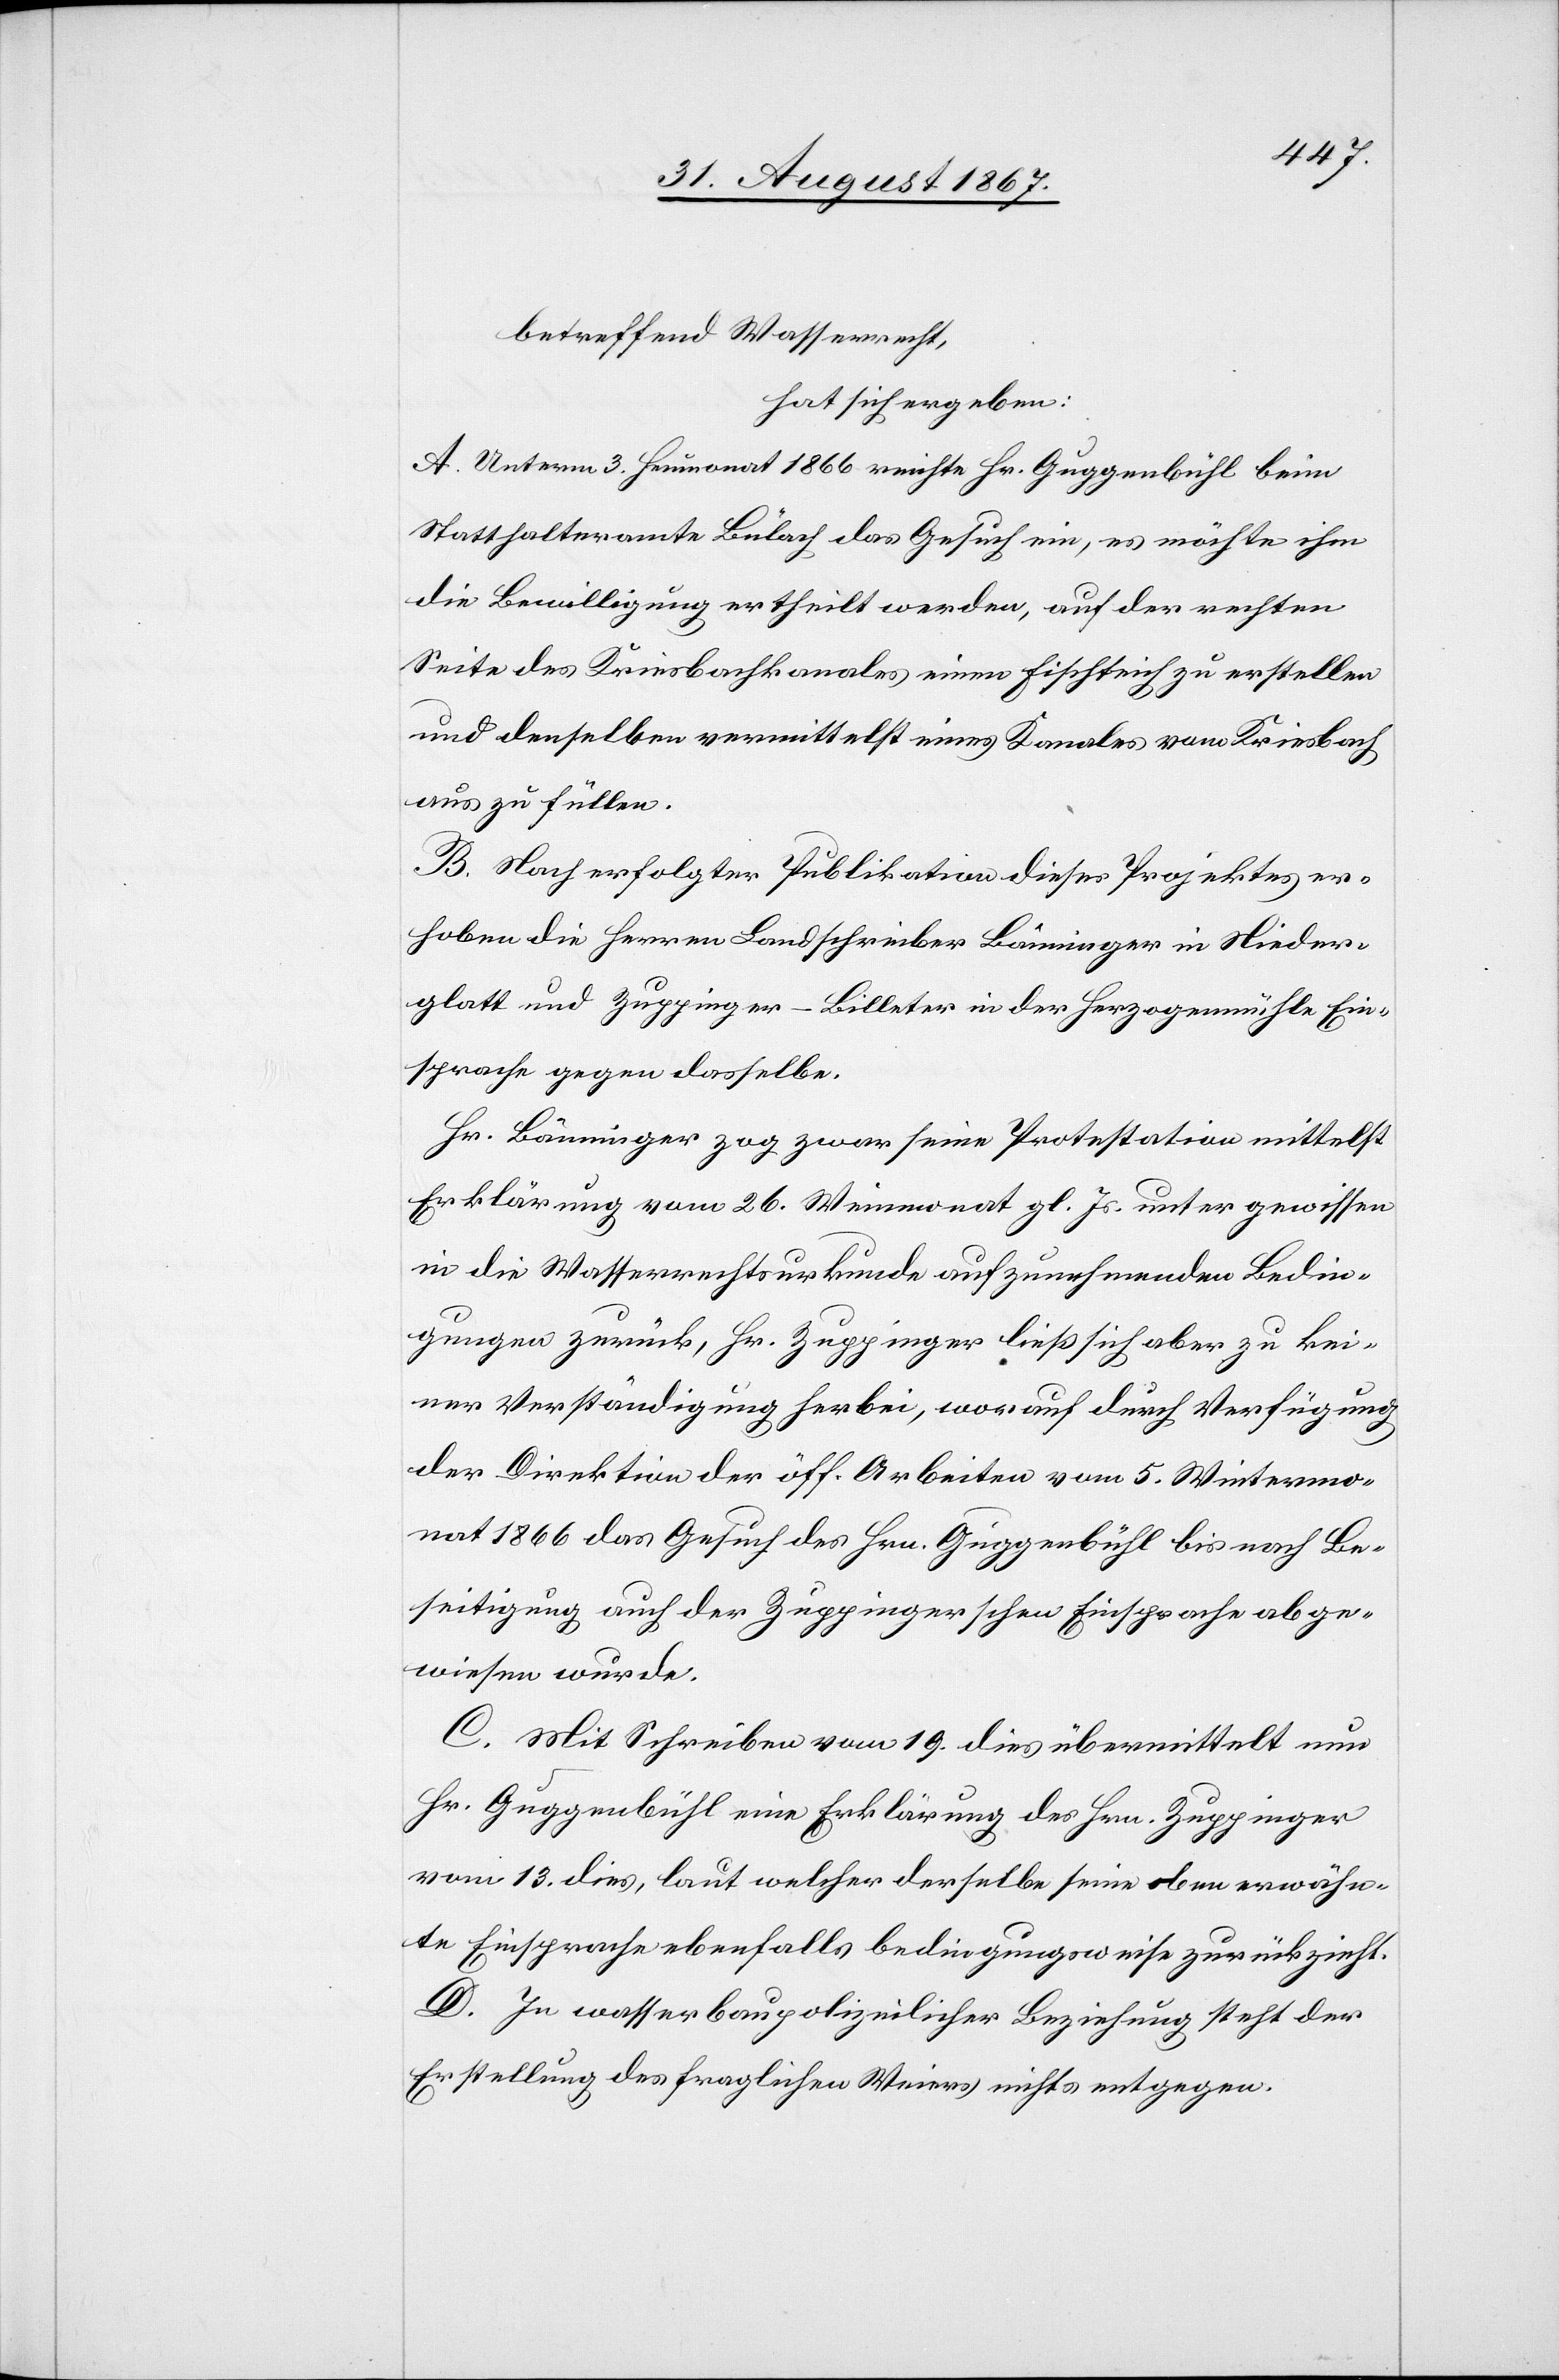
betreffend Wasserrecht,
hat sich ergeben:
A. Unterm 3. Heumonat 1866 reichte Hr. Guggenbühl beim
Statthalteramte Bülach das Gesuch ein, es möchte ihm
die Bewilligung ertheilt werden, auf der rechten
Seite des Kriesbachkanales einen Fischteich zu erstellen
und denselben vermittelst eines Kanales vom Kriesbach
aus zu füllen.
B. Nach erfolgter Publikation dieses Projektes er¬
hoben die Herren Landschreiber Bänninger in Nieder¬
glatt und Zuppinger-Billeter in der Herzogenmühle Ein¬
sprache gegen dasselbe.
Hr. Bänninger zog zwar seine Protestation mittelst
Erklärung vom 26. Weinmonat gl. Js. unter gewissen
in die Wasserrechtsurkunde aufzunehmenden Bedin¬
gungen zurück, Hr. Zuppinger ließ sich aber zu kei¬
ner Verständigung herbei, worauf durch Verfügung
der Direktion der öff. Arbeiten vom 5. Wintermo¬
nat 1866 das Gesuch des Hrn. Guggenbühl bis auf Be¬
seitigung auch der Zuppinger’schen Einsprache abge¬
wiesen wurde.
C. Mit Schreiben vom 19. dies übermittelt nun
Hr. Guggenbühl eine Erklärung des Hrn. Zuppinger
vom 13. dies, laut welcher derselbe seine oben erwähn¬
te Einsprache ebenfalls bedingungsweise zurückzieht.
D. In wasserbaupolizeilicher Beziehung steht der
Erstellung des fraglichen Weiers nichts entgegen.